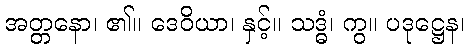
အတ္တနော၊ ၏။ ဒေဝိယာ၊ နှင့်။ သဒ္ဓံ၊ ကွ။ ပဒုဋ္ဌေန၊